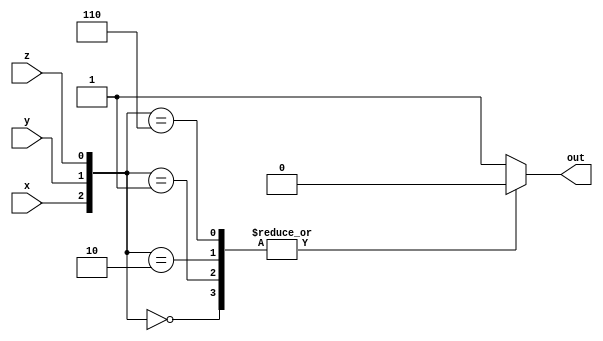
module project4
(
  input x, y, z,
  output reg out
);

always@(*)
begin
  case ({x, y, z})
  3'b000: begin out = 0; end
  3'b001: begin out = 0; end
  3'b010: begin out = 0; end
  3'b110: begin out = 0; end
  default: begin out = 1; end
  endcase
end

endmodule